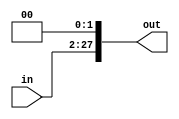

module shiftby26(out,in);
input [25:0]in;
output [27:0]out;

assign out = in << 2;


endmodule